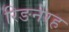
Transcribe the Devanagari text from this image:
रिङनेरह